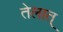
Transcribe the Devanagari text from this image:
तेलात्